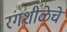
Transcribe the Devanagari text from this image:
रंगशीळेचे